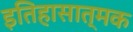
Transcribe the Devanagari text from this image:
इतिहासात्मक